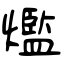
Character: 爁